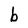
Character: b